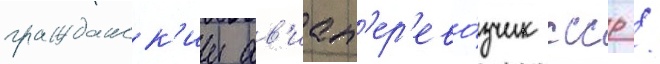
гражданск'ии ав'иап'ер'ево́зчик ссср /